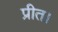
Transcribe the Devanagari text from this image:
प्रीत।